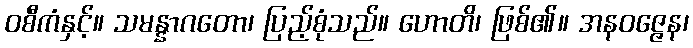
ဝစီကံနှင့်။ သမန္နာဂတော၊ ပြည့်စုံသည်။ ဟောတိ၊ ဖြစ်၏။ အနဝဇ္ဇေန၊